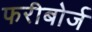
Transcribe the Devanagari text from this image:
फरीबोर्ज